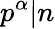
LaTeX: p^{\alpha}|n